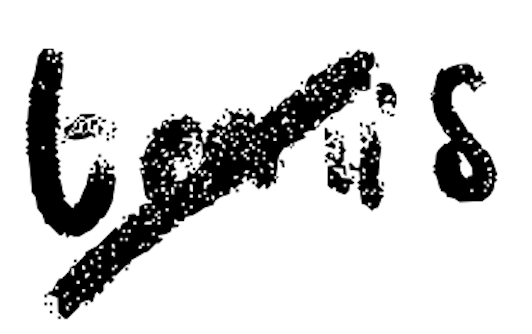
Text: tennis
Cross-out: diagonal
Writing tool: digital_black